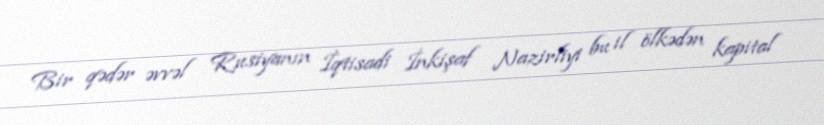
Bir qədər əvvəl Rusiyanın İqtisadi İnkişaf Nazirliyi bu il ölkədən kapital